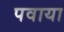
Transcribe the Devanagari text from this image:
पवाया